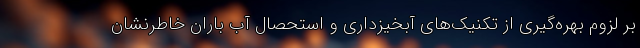
بر لزوم بهره‌گیری از تکنیک‌های آبخیزداری و استحصال آب باران خاطرنشان